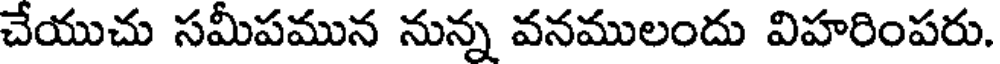
చేయుచు సమీపమున నున్న వనములందు విహరింపరు.